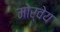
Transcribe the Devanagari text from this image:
मोर्वेय